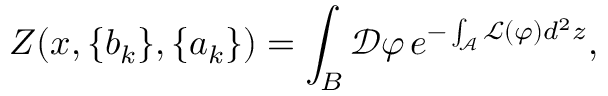
Z ( x , \{ b _ { k } \} , \{ a _ { k } \} ) = \int _ { B } { \mathcal D } \varphi \, e ^ { - \int _ { \mathcal A } { \mathcal L } ( \varphi ) d ^ { 2 } z } ,